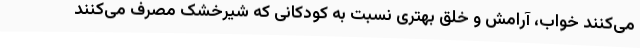
می‌کنند خواب، آرامش و خلق بهتری نسبت به کودکانی که شیرخشک مصرف می‌کنند